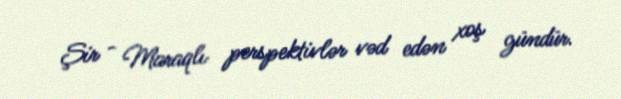
Şir - Maraqlı perspektivlər vəd edən xoş gündür.